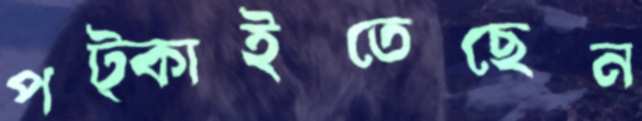
পট্‌কাইতেছেন